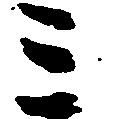
ミ